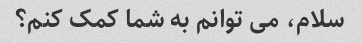
سلام، می توانم به شما کمک کنم؟